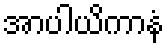
အာပါယိကာနံ